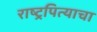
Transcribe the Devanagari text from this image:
राष्ट्रपित्याचा